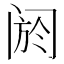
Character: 阏